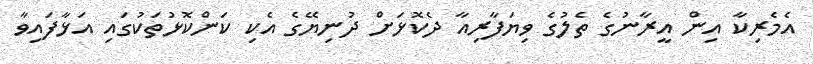
އެމެރިކާ އިން އީރާނުގެ ތެލުގެ ވިޔަފާރިއާ ދެކޮޅަށް ދުނިޔޭގެ އެކި ކަންކޮޅުތަކުގައި އަޅާފައިވާ